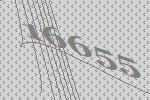
16655